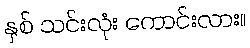
နှစ် သင်းလုံး ကောင်းလား။